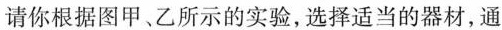
请你根据图甲、乙所示的实验，选择适当的器材，通